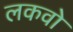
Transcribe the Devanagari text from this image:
लकवो